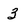
Character: 3